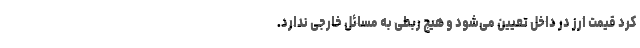
کرد قیمت ارز در داخل تعیین می‌شود و هیچ ربطی به مسائل خارجی ندارد.